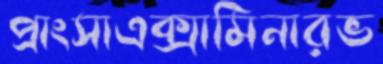
প্রাংসাএক্সামিনারভ